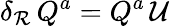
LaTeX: \delta_{\mathcal{R}}\, Q^{a}=Q^{a}\, \mathcal{{U}}